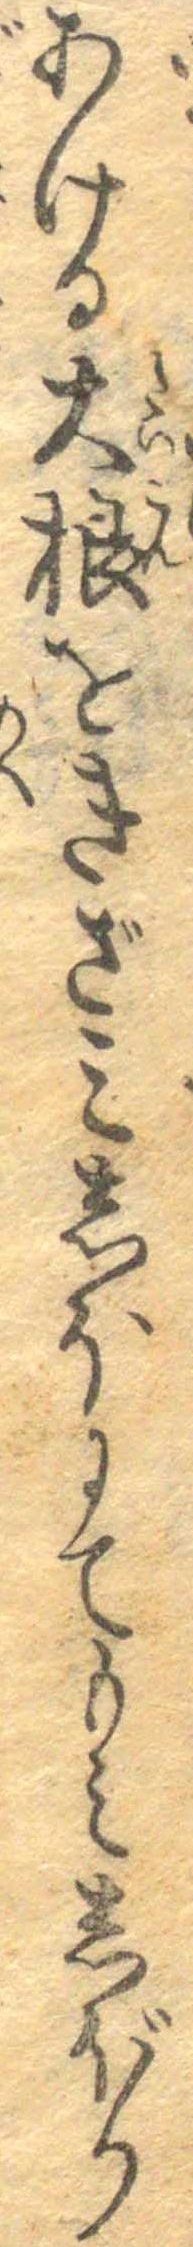
あける大根をきざみしほにてもみしぼり